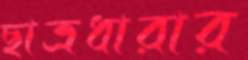
ছাত্রধারার